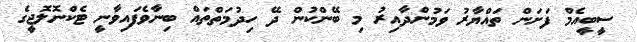
ސީބީއެމް ފަށަން ތައްޔާރު ވަމުންދާއިރު މި ބޭންކުން ދޭ ހިދުމަތްތައް ބިނާވެފައިވާނީ ޓެކްނޮލޮޖީގެ